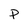
Character: p